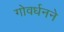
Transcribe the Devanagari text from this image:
गोवर्धनने